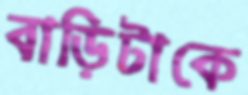
বাড়িটাকে